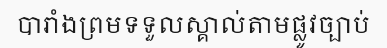
បារាំងព្រមទទួលស្គាល់តាមផ្លូវច្បាប់